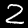
Digit: 2